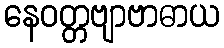
နေဝတ္တဗျာဗာဓာယ